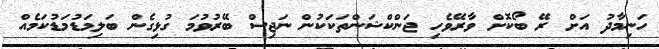
ހަނިމާދު އަށް ރޭ ބޯކޮށް ވާރޭވެހި ޖަންކްޝަންތަކަކުން ނަޖިސް ބޭރުވުމަ ގުޅިގެން ބަލިމަޑުމަޑުކަމެއް